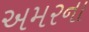
અમરના